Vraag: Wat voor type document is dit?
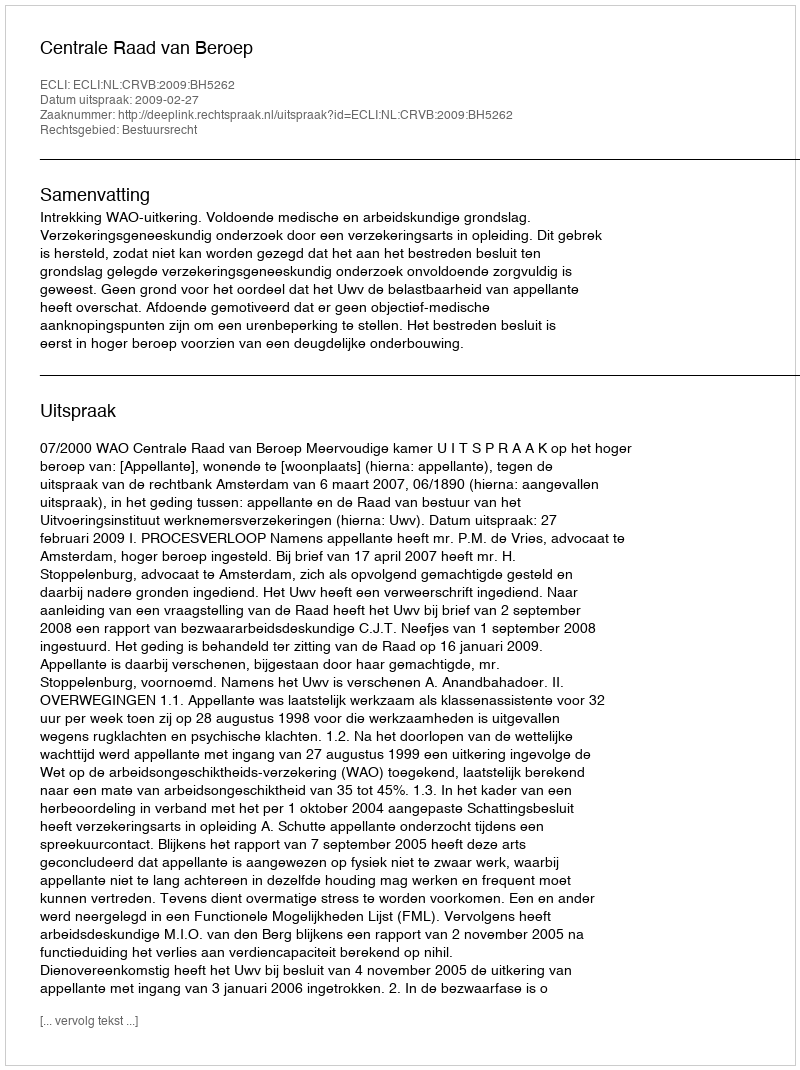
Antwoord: Uitspraak